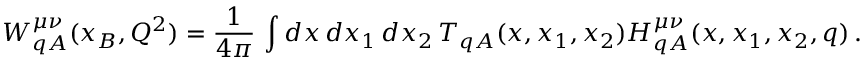
W _ { q A } ^ { \mu \nu } ( x _ { B } , Q ^ { 2 } ) = \frac { 1 } { 4 \pi } \, \int d x \, d x _ { 1 } \, d x _ { 2 } \, T _ { q A } ( x , x _ { 1 } , x _ { 2 } ) H _ { q A } ^ { \mu \nu } ( x , x _ { 1 } , x _ { 2 } , q ) \, .